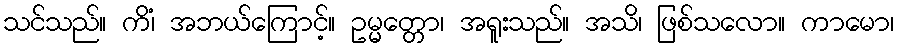
သင်သည်။ ကိံ၊ အဘယ်ကြောင့်။ ဥမ္မတ္တော၊ အရူးသည်။ အသိ၊ ဖြစ်သလော။ ကာမော၊